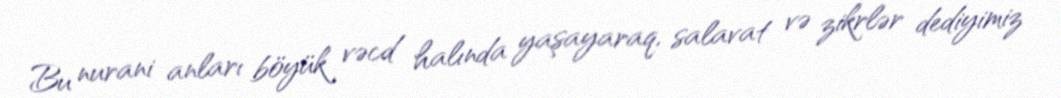
Bu nurani anları böyük vəcd halında yaşayaraq, salavat və zikrlər dediyimiz